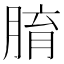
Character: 𦝑